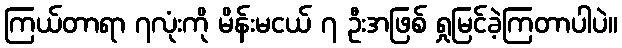
ကြယ်တာရာ ၇လုံးကို မိန်းမငယ် ၇ ဦးအဖြစ် ရှုမြင်ခဲ့ကြတာပါပဲ။